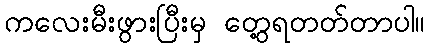
ကလေးမီးဖွားပြီးမှ တွေ့ရတတ်တာပါ။